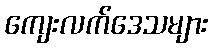
ကျေးလက်ဒေသများ